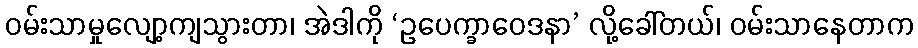
ဝမ်းသာမှုလျော့ကျသွားတာ၊ အဲဒါကို ‘ဥပေက္ခာဝေဒနာ’ လို့ခေါ်တယ်၊ ဝမ်းသာနေတာက